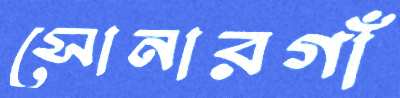
সোনারগাঁ